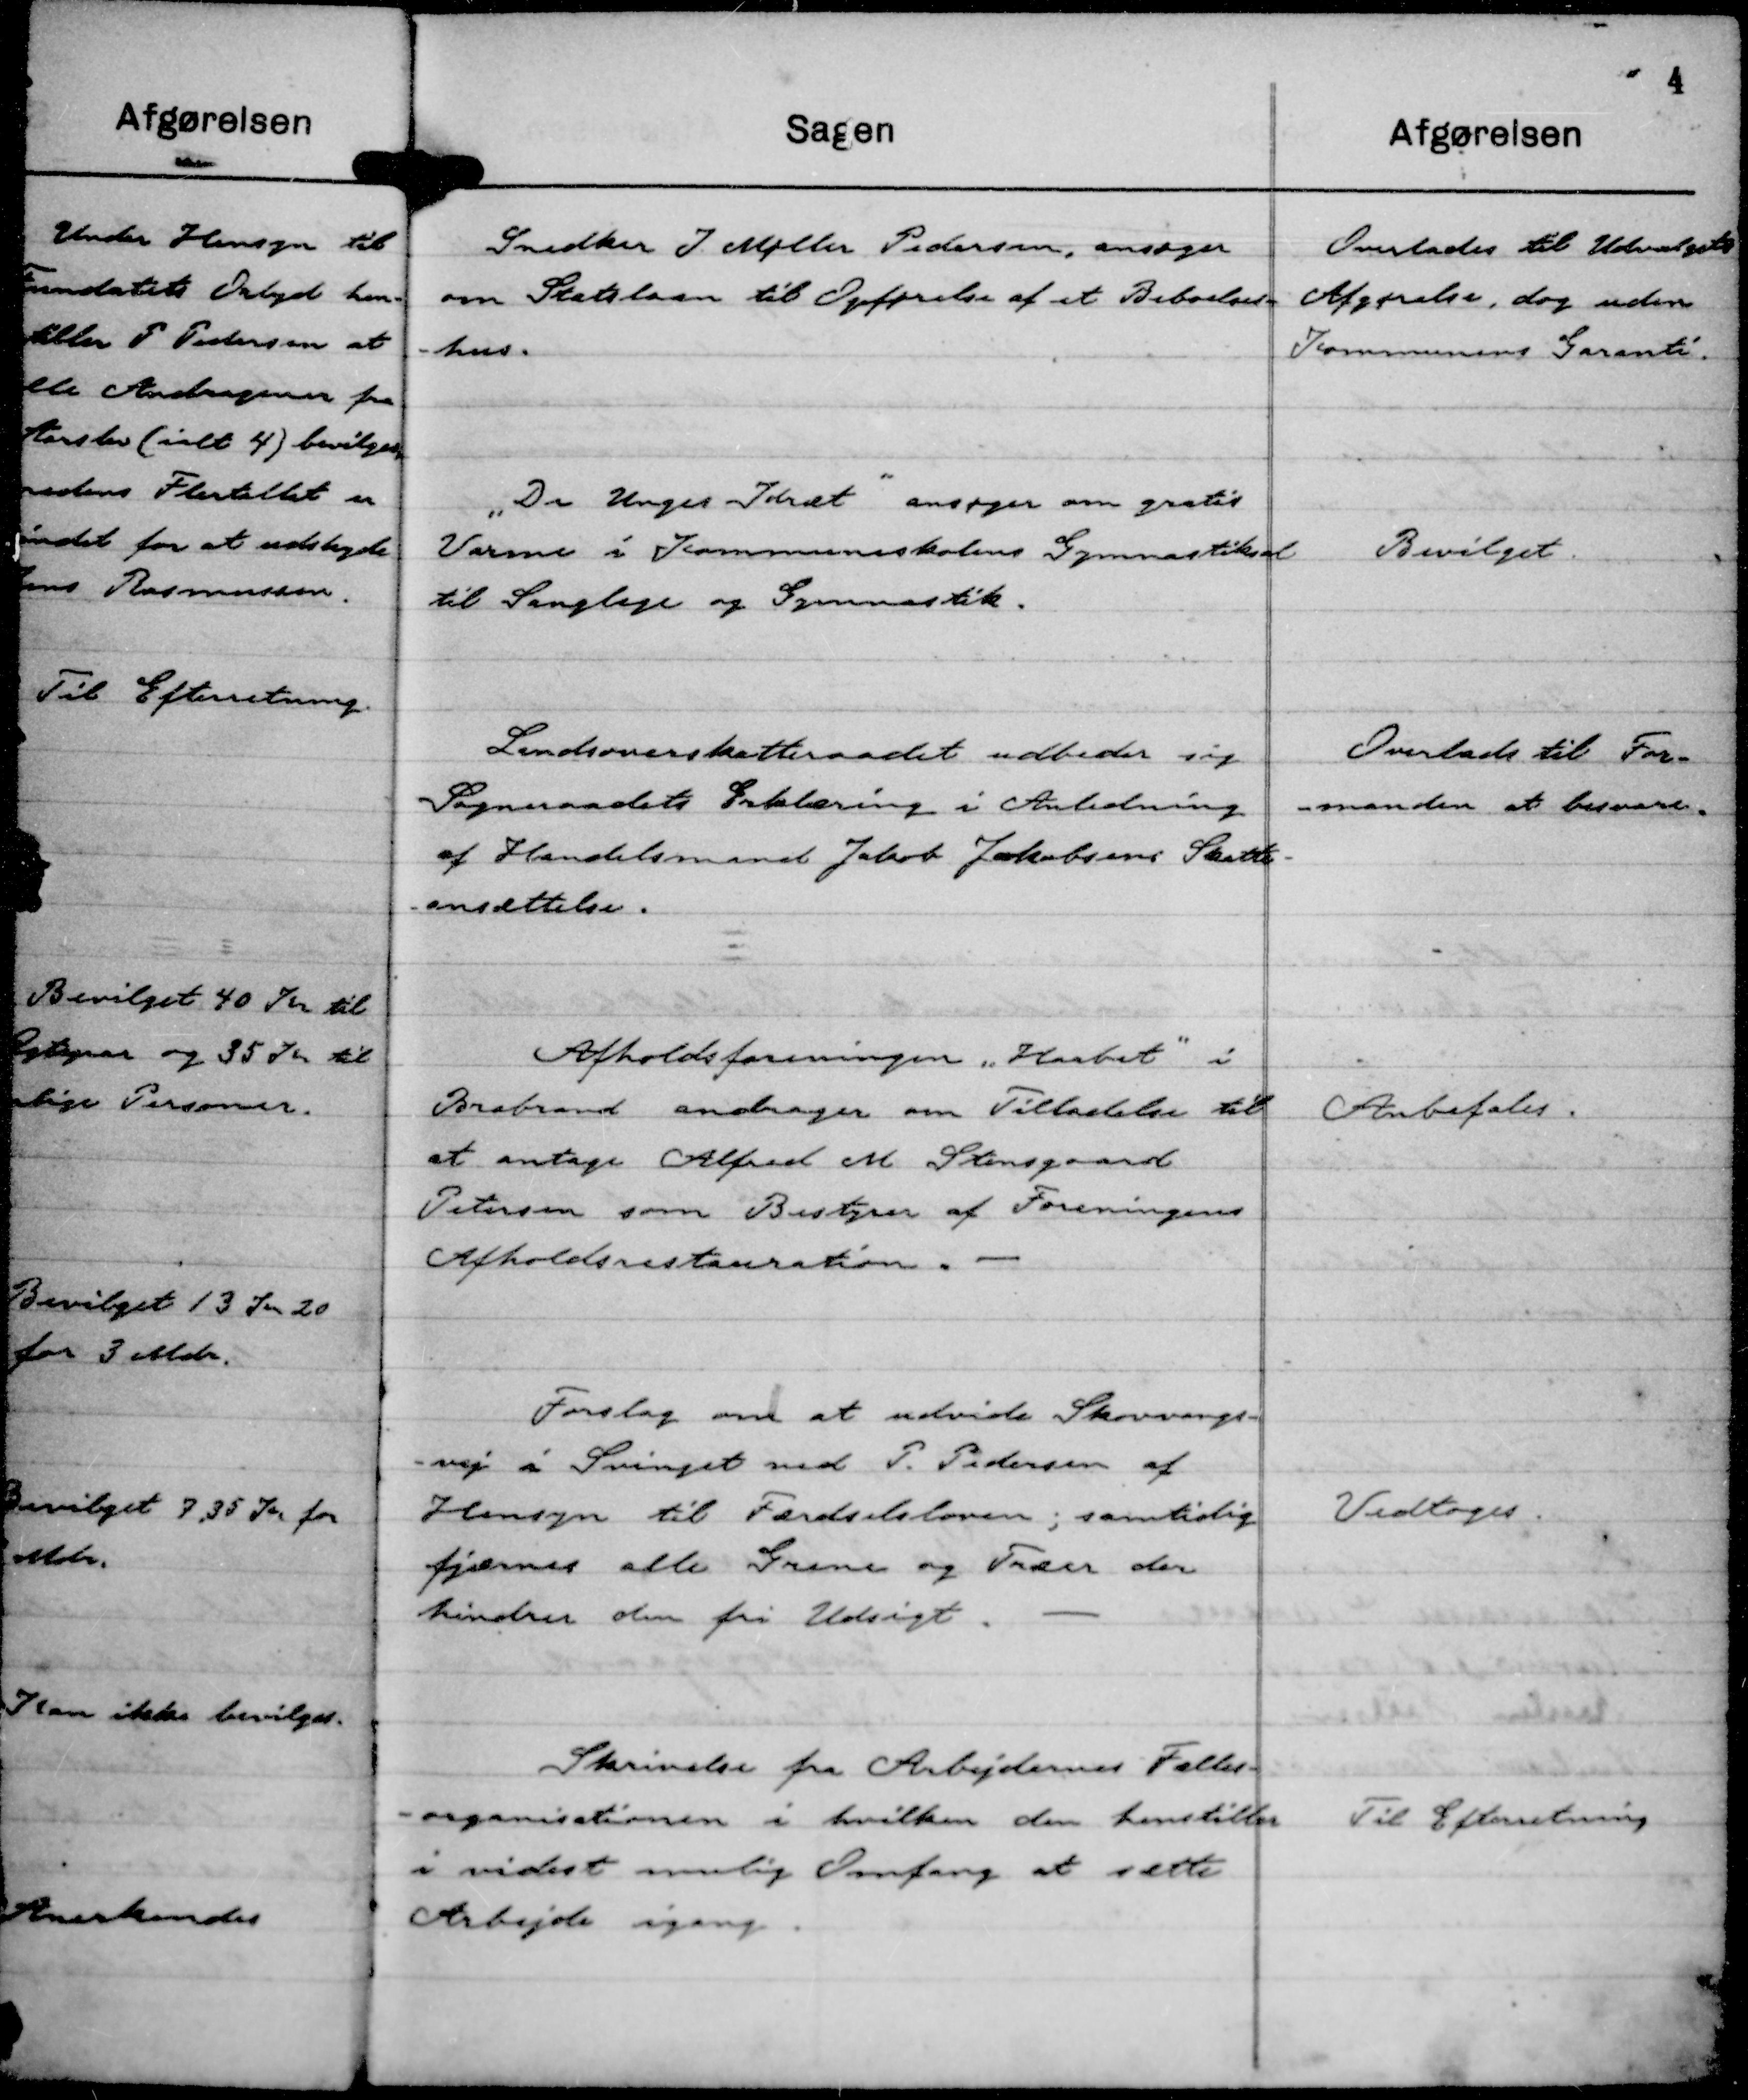
Transskription:
Snedker J. Møller Pedersen, ansøger
om Statslaan til Opførelse af et Beboelses-
hus.

Overlades til Udvalgets
Afgørelse, dog uden
Kommunens Garanti.

"De Unges Idræt" ansøger om gratis
Varme i Kommuneskolens Gymnastiksal
til Sanglege og Gymnastik.

Bevilget.

Landsoverskatteraadet udbeder sig
Sogneraadets Erklæring i Anledning
af Handelsmand Jakob Jakobsens Skatte-
ansættelse.

Overlads til For-
manden at besvare.

Afholdsforeningen "Haabet" i
Brabrand andrager om Tilladelse til
at antage Alfred M Stensgaard
Petersen som Bestyrer af Foreningens
Afholdsrestauration.

Anbefales.

Forslag om at udvide Skovvangs-
vej i Svinget ved P. Pedersen af
Hensyn til Færdselsloven; samtidig
fjernes alle Grene og Træer der
hindrer den fri Udsigt.

Vedtoges.

Skrivelse fra Arbejdernes Fælles-
- organisation i hvilken der henstilles
i videst mulig Omfang at sætte
Arbejde igang.

Til Efterretning